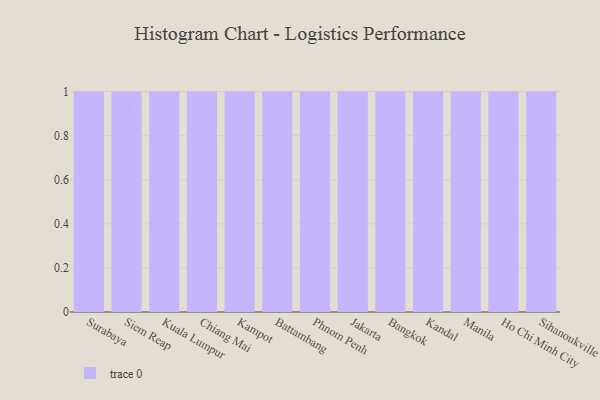
{"axis": {"x": "City", "y": "Satisfaction Score"}, "legend": [""], "data": [{"x": "Surabaya", "y": 36, "type": ""}, {"x": "Siem Reap", "y": 82, "type": ""}, {"x": "Kuala Lumpur", "y": 52, "type": ""}, {"x": "Chiang Mai", "y": 52, "type": ""}, {"x": "Kampot", "y": 64, "type": ""}, {"x": "Battambang", "y": 30, "type": ""}, {"x": "Phnom Penh", "y": 14, "type": ""}, {"x": "Jakarta", "y": 94, "type": ""}, {"x": "Bangkok", "y": 64, "type": ""}, {"x": "Kandal", "y": 21, "type": ""}, {"x": "Manila", "y": 61, "type": ""}, {"x": "Ho Chi Minh City", "y": 46, "type": ""}, {"x": "Sihanoukville", "y": 53, "type": ""}]}